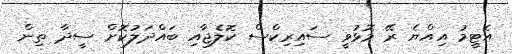
އެޓީމު އިއްޔެ ރޭ މޮޅުވީ ސައިރިކްސް ކޮލެޖާއި ބައްދަލުކޮށް ސީދާ ތިން